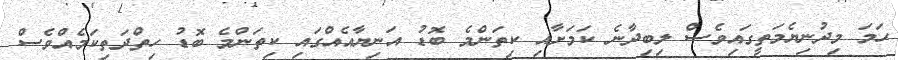
ހަމަ މިދުނިޔެމަތީގައިވެސް ލިބިދާނެ ކަމަށާއި ކިތަންމެ ބޮޑު އަނިޔާއެއްގައި ކިތަންމެ ބޮޑު ހިތްދަތިކަމެއްވެސް